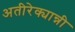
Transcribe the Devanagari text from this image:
अतीरेक्यान्नी